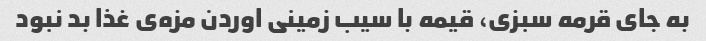
به جای قرمه سبزی، قیمه با سیب زمینی اوردن مزه‌ی غذا بد نبود